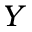
Y